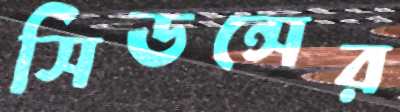
সিডন্সের